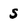
Character: S